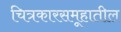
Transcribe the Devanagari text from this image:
चित्रकारसमूहातील